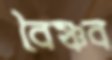
বৈষ্ণব